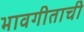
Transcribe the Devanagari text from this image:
भावगीताची